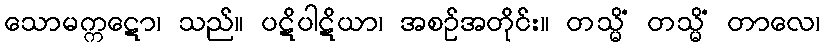
သောမက္ကဋော၊ သည်။ ပဋိပါဋိယာ၊ အစဉ်အတိုင်း။ တသ္မိံ တသ္မိံ တာလေ၊